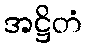
အဋ္ဌိတံ